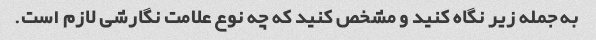
به جمله زیر نگاه کنید و مشخص کنید که چه نوع علامت نگارشی لازم است.